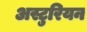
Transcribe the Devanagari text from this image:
अस्टुरियन